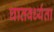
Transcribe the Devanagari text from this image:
घातवर्ध्यता